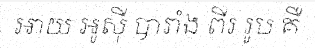
អាយ អូស៊ី បារាំង ពីរ រូប គឺ